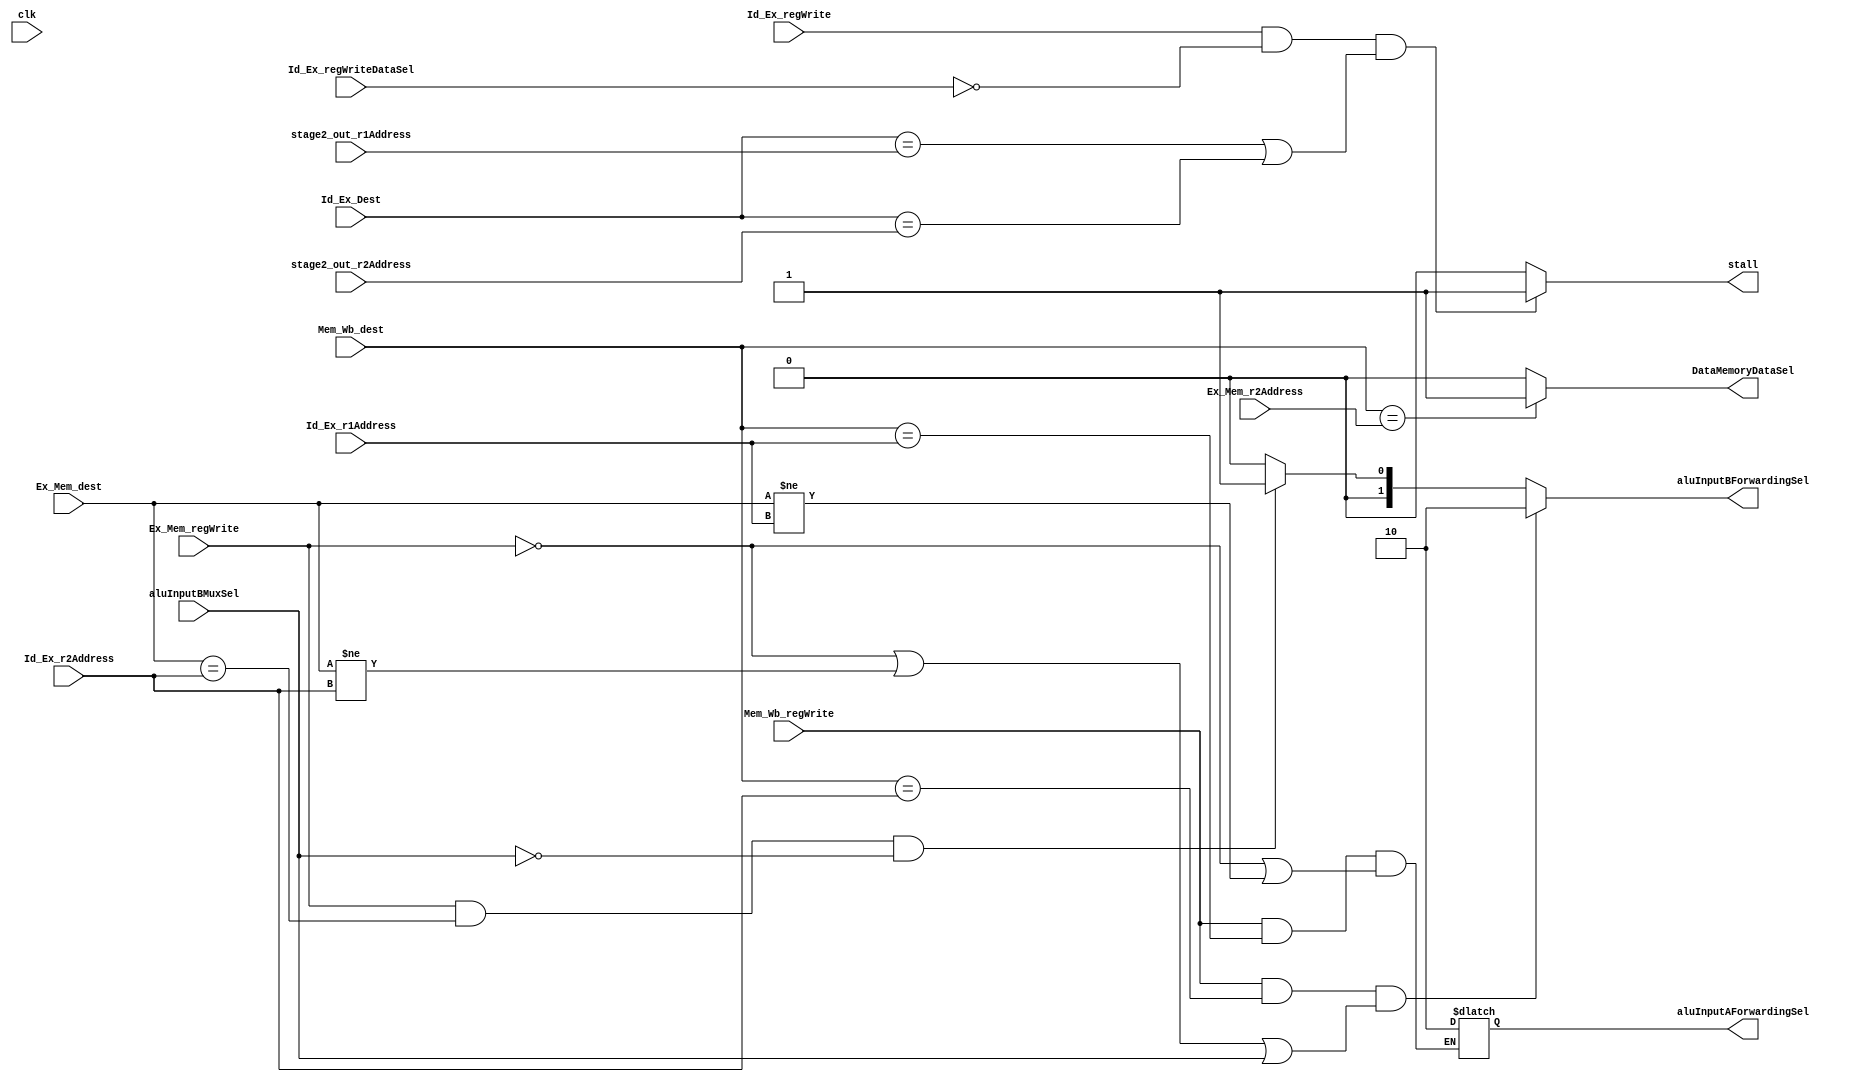
module forwardingUnit(Ex_Mem_dest, Ex_Mem_regWrite,Id_Ex_regWriteDataSel,
			Id_Ex_regWrite, Id_Ex_Dest, Id_Ex_r1Address,
         Id_Ex_r2Address, Mem_Wb_regWrite, Mem_Wb_dest, aluInputAForwardingSel,
         aluInputBForwardingSel, stage2_out_r1Address, stage2_out_r2Address, stall, 
         DataMemoryDataSel,Ex_Mem_r2Address, aluInputBMuxSel, clk);                       
	
	input aluInputBMuxSel;
	input [2:0] Ex_Mem_dest, Mem_Wb_dest, Id_Ex_r1Address, Id_Ex_r2Address, Id_Ex_Dest;
	input [2:0] stage2_out_r1Address, stage2_out_r2Address, Ex_Mem_r2Address;
	input Ex_Mem_regWrite, Mem_Wb_regWrite, Id_Ex_regWriteDataSel, Id_Ex_regWrite;
	output reg [1:0] aluInputAForwardingSel, aluInputBForwardingSel;
	output reg DataMemoryDataSel;

	output reg stall;
	// wire previousStall;
	input clk;
	//TODO: you should put this register far from eyes!!!
	// register #(.size(1)) C(
	// 	.clock(clk),
	// 	.reset(1'b0),
	// 	.regIn(stall),
	// 	.regOut(previousStall)
	// );
	always @(*) begin
		aluInputBForwardingSel = 2'b00;
		aluInputAForwardingSel <= 2'b00;
		stall = 1'b0;
		DataMemoryDataSel = 1'b0;


		if ( (Ex_Mem_regWrite == 1'b1)  && (Ex_Mem_dest == Id_Ex_r1Address ) )   aluInputAForwardingSel <= 2'b01;	
		if (Ex_Mem_regWrite == 1'b1  && Ex_Mem_dest == Id_Ex_r2Address && aluInputBMuxSel == 1'b0)  aluInputBForwardingSel = 2'b01;	
		
		if (Mem_Wb_regWrite == 1'b1  && Mem_Wb_dest == Id_Ex_r1Address  &&
			(Ex_Mem_regWrite == 1'b0 || Ex_Mem_dest != Id_Ex_r1Address))  aluInputAForwardingSel = 2'b10;
		
		if (Mem_Wb_regWrite == 1'b1  && Mem_Wb_dest == Id_Ex_r2Address  &&
			(Ex_Mem_regWrite == 1'b0 || Ex_Mem_dest != Id_Ex_r2Address || aluInputBMuxSel != 1'b0 ))  aluInputBForwardingSel = 2'b10;

		if(Mem_Wb_dest == Ex_Mem_r2Address) DataMemoryDataSel = 1'b1;
		if(Id_Ex_regWrite == 1'b1 && Id_Ex_regWriteDataSel == 1'b0 &&
			(Id_Ex_Dest == stage2_out_r1Address || Id_Ex_Dest == stage2_out_r2Address	))
			begin stall = 1'b1; /*aluInputBForwardingSel = 2'd2;*/ end


		
	end
	



endmodule